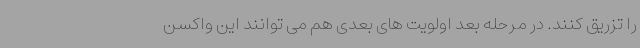
را تزریق کنند. در مرحله بعد اولویت های بعدی هم می توانند این واکسن